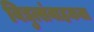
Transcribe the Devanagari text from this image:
विद्युत्संवाहकता